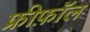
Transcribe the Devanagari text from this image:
फ्रीफ़ॉल